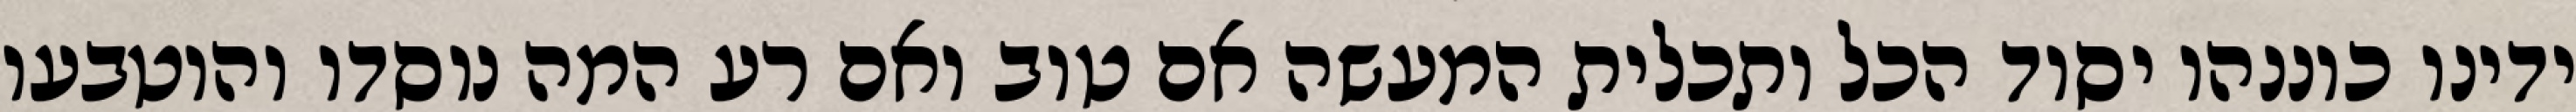
ידינו כוננהו יסוד הכל ותכלית המעשה אם טוב ואם רע המה נוסדו והוטבעו